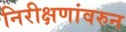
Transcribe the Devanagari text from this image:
निरीक्षणांवरुन